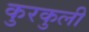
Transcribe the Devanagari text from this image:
कुरकुली